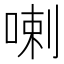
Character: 喇